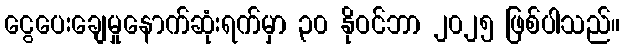
ငွေပေးချေမှုနောက်ဆုံးရက်မှာ ၃၀ နိုဝင်ဘာ ၂၀၂၅ ဖြစ်ပါသည်။